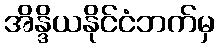
အိန္ဒိယနိုင်ငံဘက်မှ